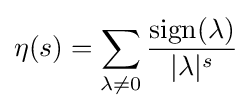
\eta (s)=\sum _{\lambda \neq 0}{\frac {\operatorname {sign} (\lambda )}{|\lambda |^{s}}}